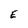
Character: E